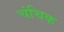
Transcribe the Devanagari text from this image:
चंचिक